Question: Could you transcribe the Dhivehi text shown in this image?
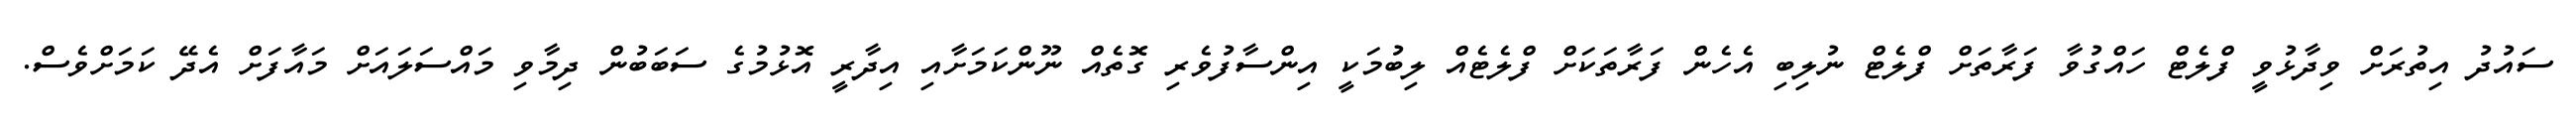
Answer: ސައުދު އިތުރަށް ވިދާޅުވީ ފްލެޓް ހައްގުވާ ފަރާތަށް ފްލެޓް ނުލިބި އެހެން ފަރާތަކަށް ފްލެޓެއް ލިބުމަކީ އިންސާފުވެރި ގޮތެއް ނޫންކަމަށާއި އިދާރީ އޮޅުމުގެ ސަބަބުން ދިމާވި މައްސަލައަށް މައާފަށް އެދޭ ކަމަށްވެސް.